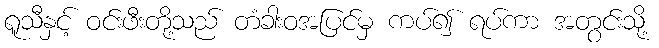
ရူသီနှင့် ဝင်းဖီးတို့သည် တံခါးဝအပြင်မှ ကပ်၍ ရပ်ကာ အတွင်းသို့